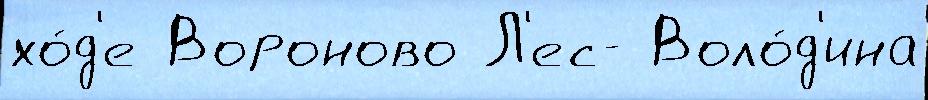
хо́д'е Вороново Л'ес- Воло́д'ина